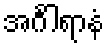
အင်္ဂါရာနံ